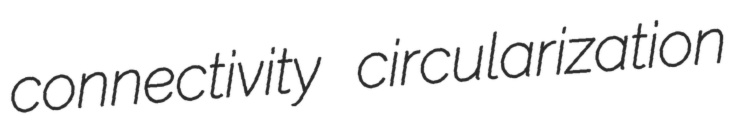
connectivity circularization